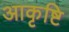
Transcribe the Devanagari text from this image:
आकृष्टि